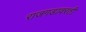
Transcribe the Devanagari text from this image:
राजगडावरती